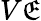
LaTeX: V{\mathfrak{E}}